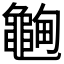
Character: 𱋽